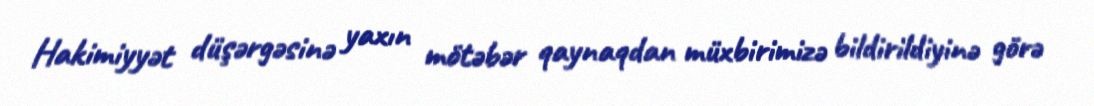
Hakimiyyət düşərgəsinə yaxın mötəbər qaynaqdan müxbirimizə bildirildiyinə görə